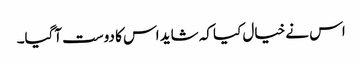
اس نے خیال کیا کہ شاید اس کا دوست آگیا۔